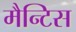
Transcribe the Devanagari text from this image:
मैन्टिस